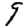
Digit: 9